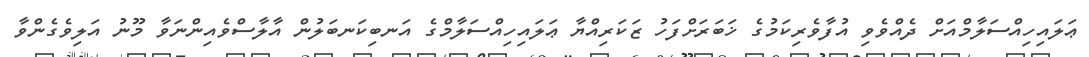
ޢަލައިހިއްސަލާމްއަށް ދެއްވެވި އުފާވެރިކަމުގެ ޚަބަރަށްފަހު ޒަކަރިއްޔާ ޢަލައިހިއްސަލާމްގެ އަނބިކަނބަލުން އާލާސްވެއިންނަވާ މޫނު އަލިވެގެންވާ